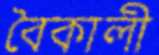
বৈকালী